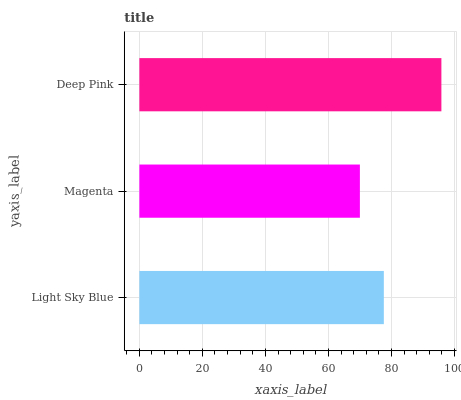
| yaxis_label | bars |
 | --- | --- |
 | Light Sky Blue | 77.6 |
 | Magenta | 70 |
 | Deep Pink | 95.9 |